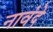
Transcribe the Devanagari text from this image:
नावंदे